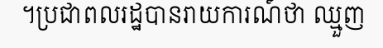
។ប្រជាពលរដ្ឋបានរាយការណ៍ថា ឈ្មួញ